Bréfritari: Ólafur Ólafsson
Viðtakandi: Jón Borgfirðingur
Dagsetning: A-1858-12-10
Skrifað á: Syðra-Vallholti  Skag.

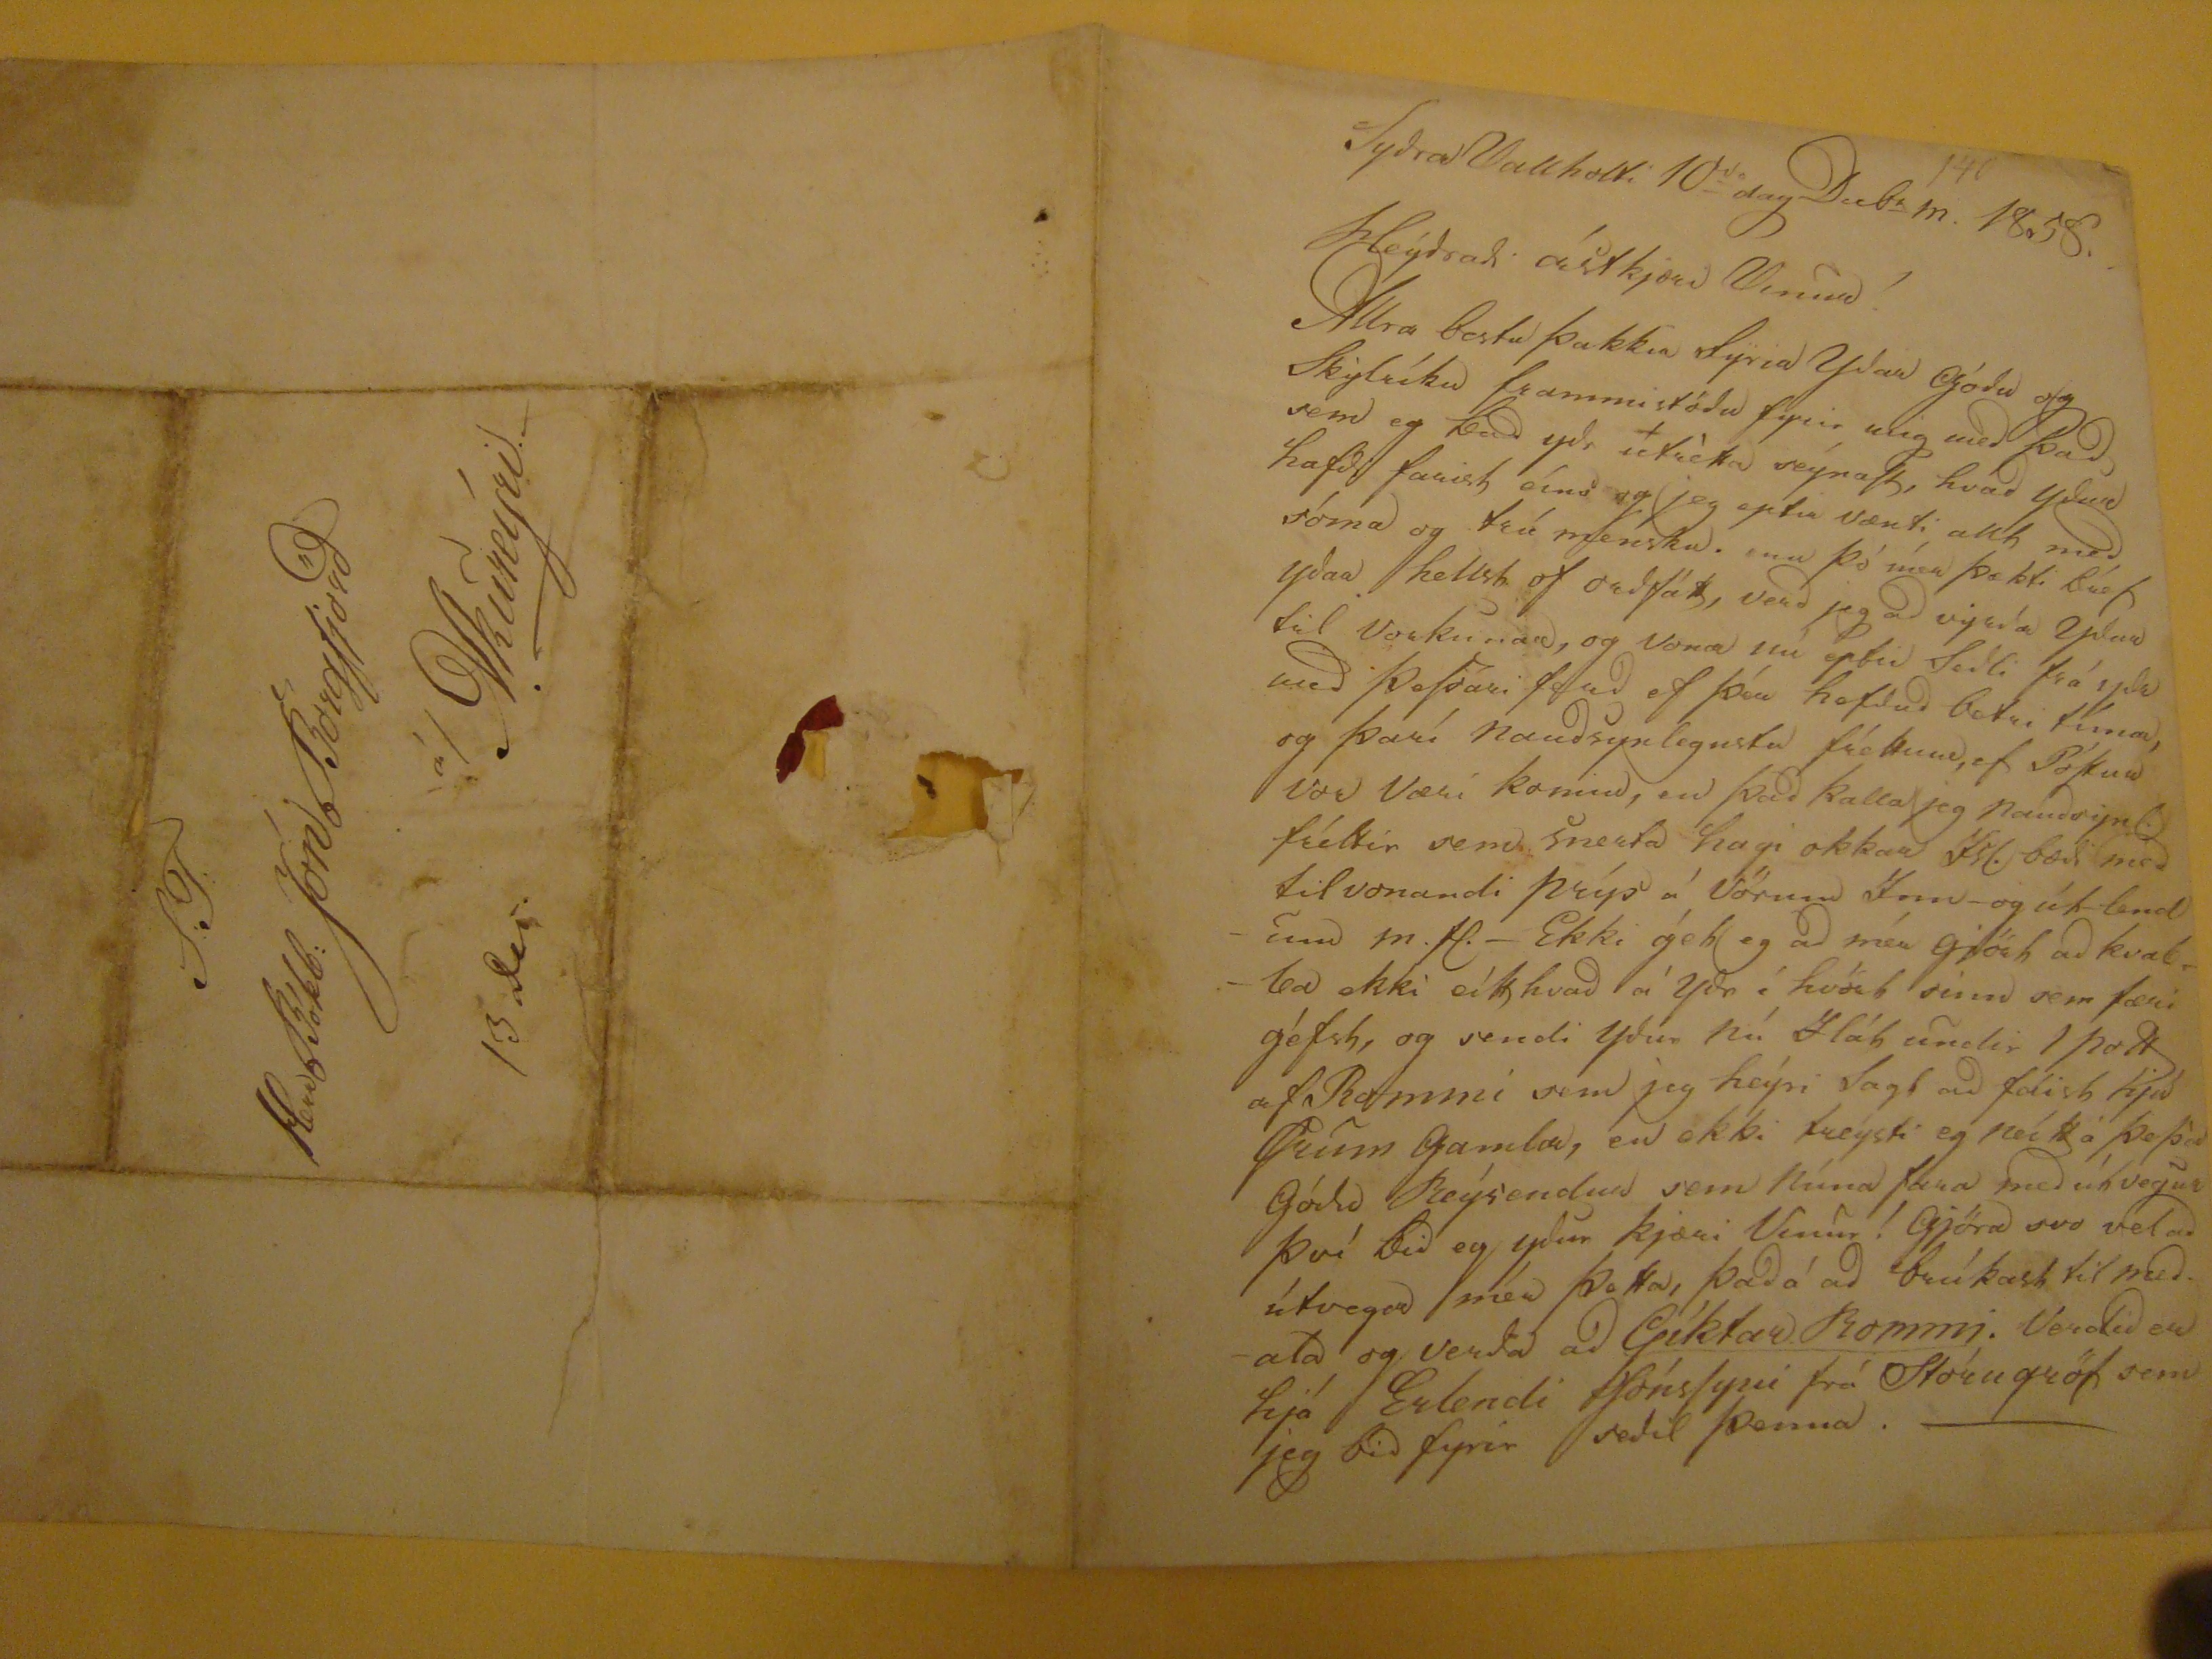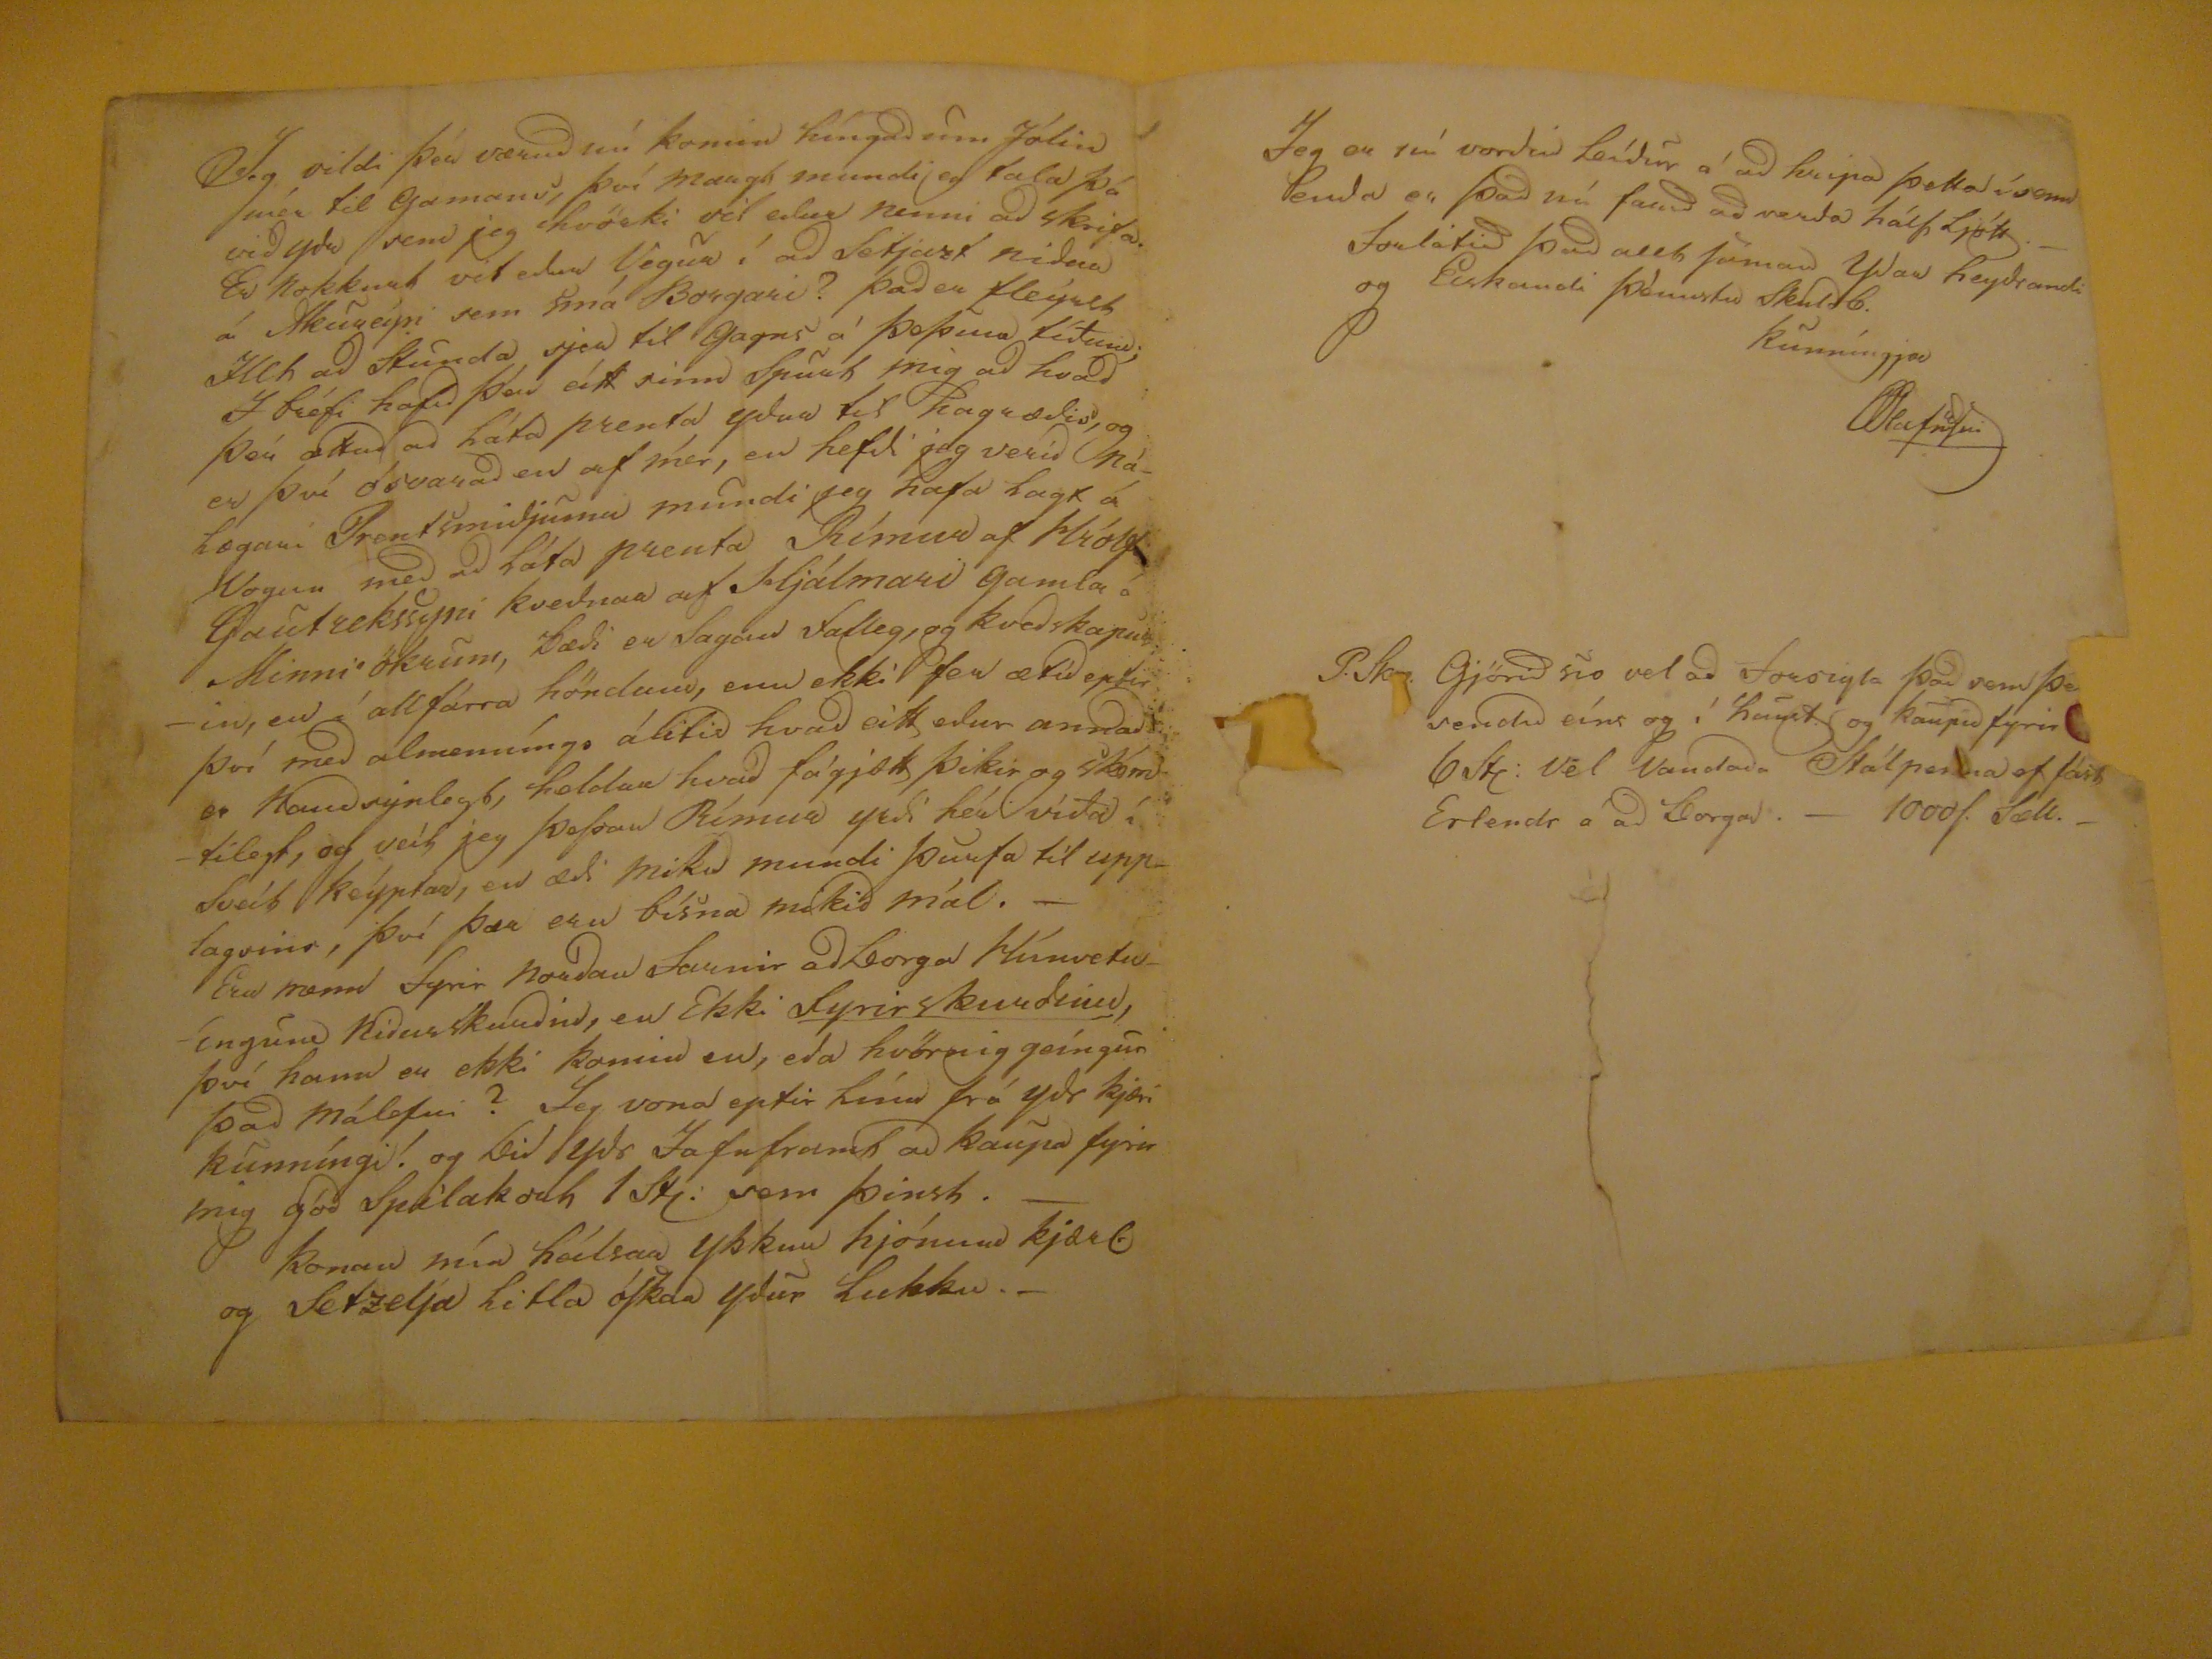

Sydra Vallholti 10
da
dag Decbr m. 1858.
Heýdradi ástkjæri Vinur!
Allra bestu þakkir fÿrir ydar gódu og Skylríku frammistödu fyrir mig med þad sem eg bad ydr
útrètta
seýnaSt, hvad ydur hafdi farist eíns og jeg eptir vænti allt med sóma og trú mensku. enn þó mér þækti
búst
ydar hellst of
radfátt
, verd jeg ad vyrda ydur til vorkunar, og vona nú eptir sedli frá ydr med þeSsari ferd ef þér hefdud betri tíma, og
þesí
naudsynlegustu fréttum, ef PóStur vor væri komin, en þad kalla jeg naudsynl fréttir sem snerta hagi okkar Isl. bædi med tilvonandi
prýs
á vörum Inn- og út-lendum m.fl.- Ekki gét eg ad mér gjört ad kvarta ekki eítthvad á ydr í hvört sinn sem færi géfst, og sendi ydur nú Ilát undir 1
pott
af Rommi sem jeg heýri Sagt ad fáist hjá
Gunn
gamla, en ekki treysti eg nú þá þeSs ad Gódi Beýsendur sem núna fara med útvegur því bid eg ydur kjæri Vinur! Gjöra svo vel ad útvega mér þetta, þad á ad brúkast til medala og verda ad
Gíktar Rommi.
Verdid er hjá Erlendi JónsSyni frá Stóru gröf sem jeg bid fyrir sedil þenna.-
Jeg vildi þér værud nú komin híngad um Jólin mér til gamans, því margt mundi eg tala þá vid ydr sem jeg hvörki vil edur nenni ad skrifa. Er nokkurt vid edur Vegur í ad Setjast nidur á Akureýri sem smá Borgari? þad er fleýsth Illt ad Skunda sjer til gagns á þeSsum tíðum; I bréfi hafid þad eitt sinn Spurt mig ad hvad þér ætlad ad láta prenta ydur til hagrædis, og er því ósvarad en af mér, er hefdi jeg verid nálægari Prentsmidjunni mundi jeg hafa lagt á Vogun med ad láta prenta Rímur af Hrólfi Gautrekssyni kvedna af Hjálmari gamla á Hinni
okrum
, bædi er Sagan falleg, og kvedskapurin, er í allfárra höndum, enn ekki fer ætíd eptir því med almenníngs álitid hvad eitt edur annad er Naudsynlegt, heldur hvad fágjætt þikir og skemtilegt, og veit jeg þeSsar Rímur yrdi hér víða í Sveit keýptar, en æti mikid mundi þurfa til upplagsins, því þær eru bísna mikid mál.-
Eru menn fyrir nordan Sumir ad borga húnvetvíngin Nidurskurdin, en Ekki
fyrirskurdinn
, því hann er ekki komin en, eda hvörnig geíngur þad málefni? Jeg vona eptir línu frá ydr kjæri kunníngi! og bid ydr Jafnframt ad kaupa fyrir mig gód
Spilakvat
1stj. sem fyrst.-
konan mín heílsar ykkur hjónum kjærl. og Setzelja litla óSkar ydur lukku.-
Jeg er nú
verdir
leidur á ad hripa þetta í sem Semda er þad nú farid ad verda hálfljótt.-
forlátid þad allt Semad ydar heydrandi og fiskandi þénnstu Skuld 6.
kunningja
OOlafsSni
P.Sk. Gjörid svo vel ad forsigla þad sem þér sendid eíns og í haust og kaupid fyrir 6st: vel vandada Stálpenna ef fást Erlendr á ad borga.- 1000S. Sæll.-
S.T.
Herr Bókb: Jón Borgfjörd
á/ Akureyri.-
13 des.